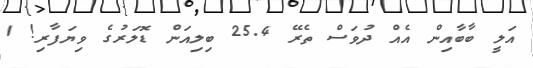
އަލީ ބާބާއިން އެއް ދުވަސް ތެރޭ 25.4 ބިލިއަން ޑޮލަރުގެ ވިޔަފާރި! 1